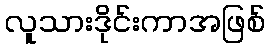
လူသားဒိုင်းကာအဖြစ်